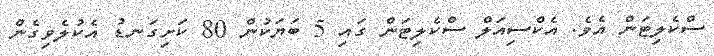
ސްކެލިޓަން އެވެ. އެކްސިއަލް ސްކެލިޓަން ގައި 5 ބަޔަކުން 80 ކަށިގަނޑު އެކުލެވިގެން